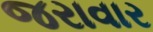
જરાવાર